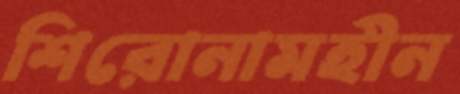
শিরোনামহীন